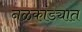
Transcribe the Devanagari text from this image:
नळकांड्यात